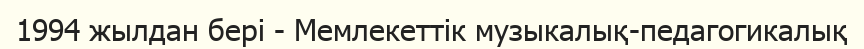
1994 жылдан бері - Мемлекеттік музыкалық-педагогикалық